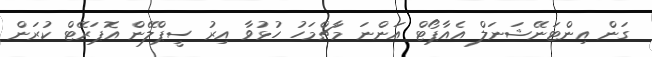
ގަން އިންޓަނޭޝަނަލް އެއާޕޯޓް އަންނަ މާޗްމަހު ހުޅުވާ އިރު ސީޕްލޭން އޮޕަރޭޓް ކުރަން